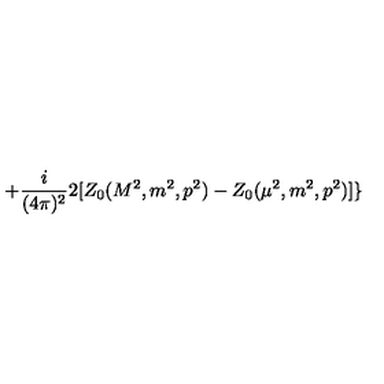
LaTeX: + \frac { i } { ( 4 \pi ) ^ { 2 } } 2 [ Z _ { 0 } ( M ^ { 2 } , m ^ { 2 } , p ^ { 2 } ) - Z _ { 0 } ( \mu ^ { 2 } , m ^ { 2 } , p ^ { 2 } ) ] \}